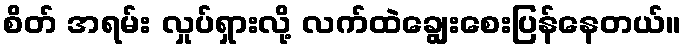
စိတ် အရမ်း လှုပ်ရှားလို့ လက်ထဲချွေးစေးပြန်နေတယ်။